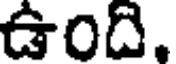
ఉంది.